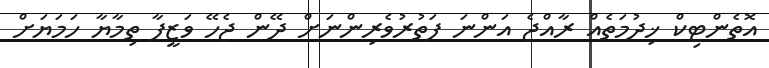
އޮތެންޓިކް ޚިދުމަތެއް ރާއްޖެ އަންނަ ފަތުރުވެރިންނަށް ދޭން ޖެހޭ ވަޒީފާ ތިމާޔާ ހަމަޔަށް